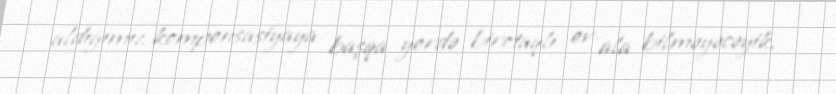
aldığımız kompensasiyaya başqa yerdə birotaqlı ev ala bilməyəcəyik.